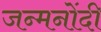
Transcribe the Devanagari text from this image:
जन्मनोंदी